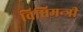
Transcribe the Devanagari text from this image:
विधिमन्त्री